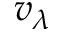
v _ { \lambda }